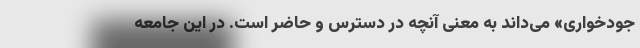
جود‌خواری» می‌داند به معنی آنچه در دسترس و حاضر است. در این جامعه